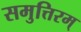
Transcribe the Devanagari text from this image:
समुत्तिरम्